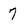
Character: 7